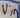
Text: Vin